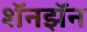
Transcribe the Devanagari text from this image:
शॅनझॅन